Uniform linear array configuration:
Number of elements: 8
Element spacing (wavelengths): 0.75
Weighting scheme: blackman
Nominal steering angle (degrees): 0
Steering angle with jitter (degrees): -0.4777
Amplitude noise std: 0.05
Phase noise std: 0.05

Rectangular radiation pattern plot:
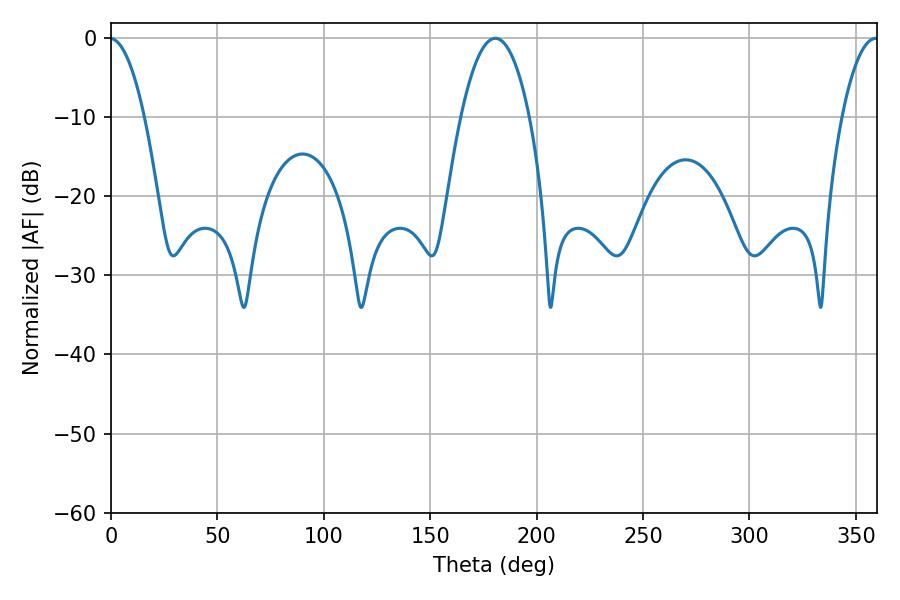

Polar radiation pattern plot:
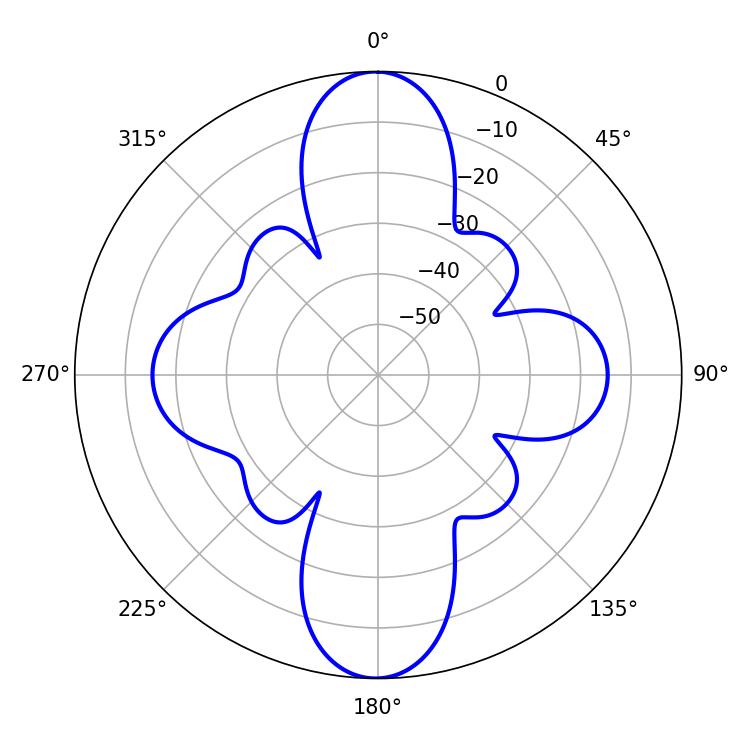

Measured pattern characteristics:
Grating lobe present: TRUE
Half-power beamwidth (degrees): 18
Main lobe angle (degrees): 180.54